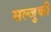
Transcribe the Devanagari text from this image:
सल्जुकी